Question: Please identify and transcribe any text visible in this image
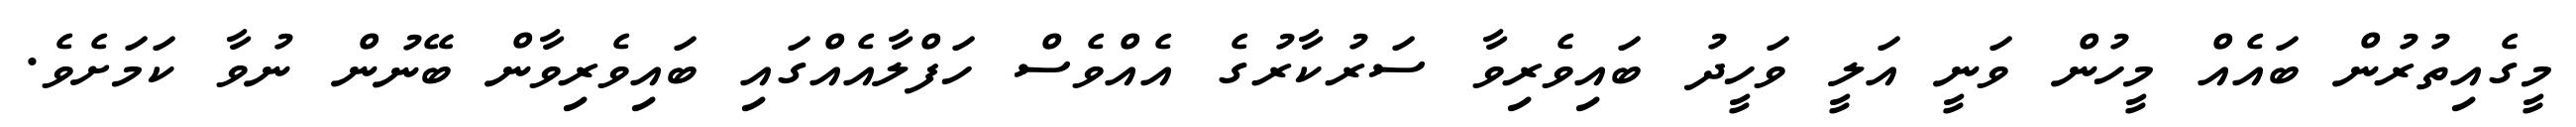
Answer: މީގެއިތުރުން ބައެއް މީހުން ވަނީ އަލީ ވަހީދު ބައިވެރިވާ ސަރުކާރުގެ އެއްވެސް ހަފްލާއެއްގައި ބައިވެރިވާން ބޭނުން ނުވާ ކަމަށެވެ.